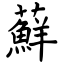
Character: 蘚